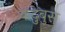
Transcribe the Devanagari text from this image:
कदुबुस